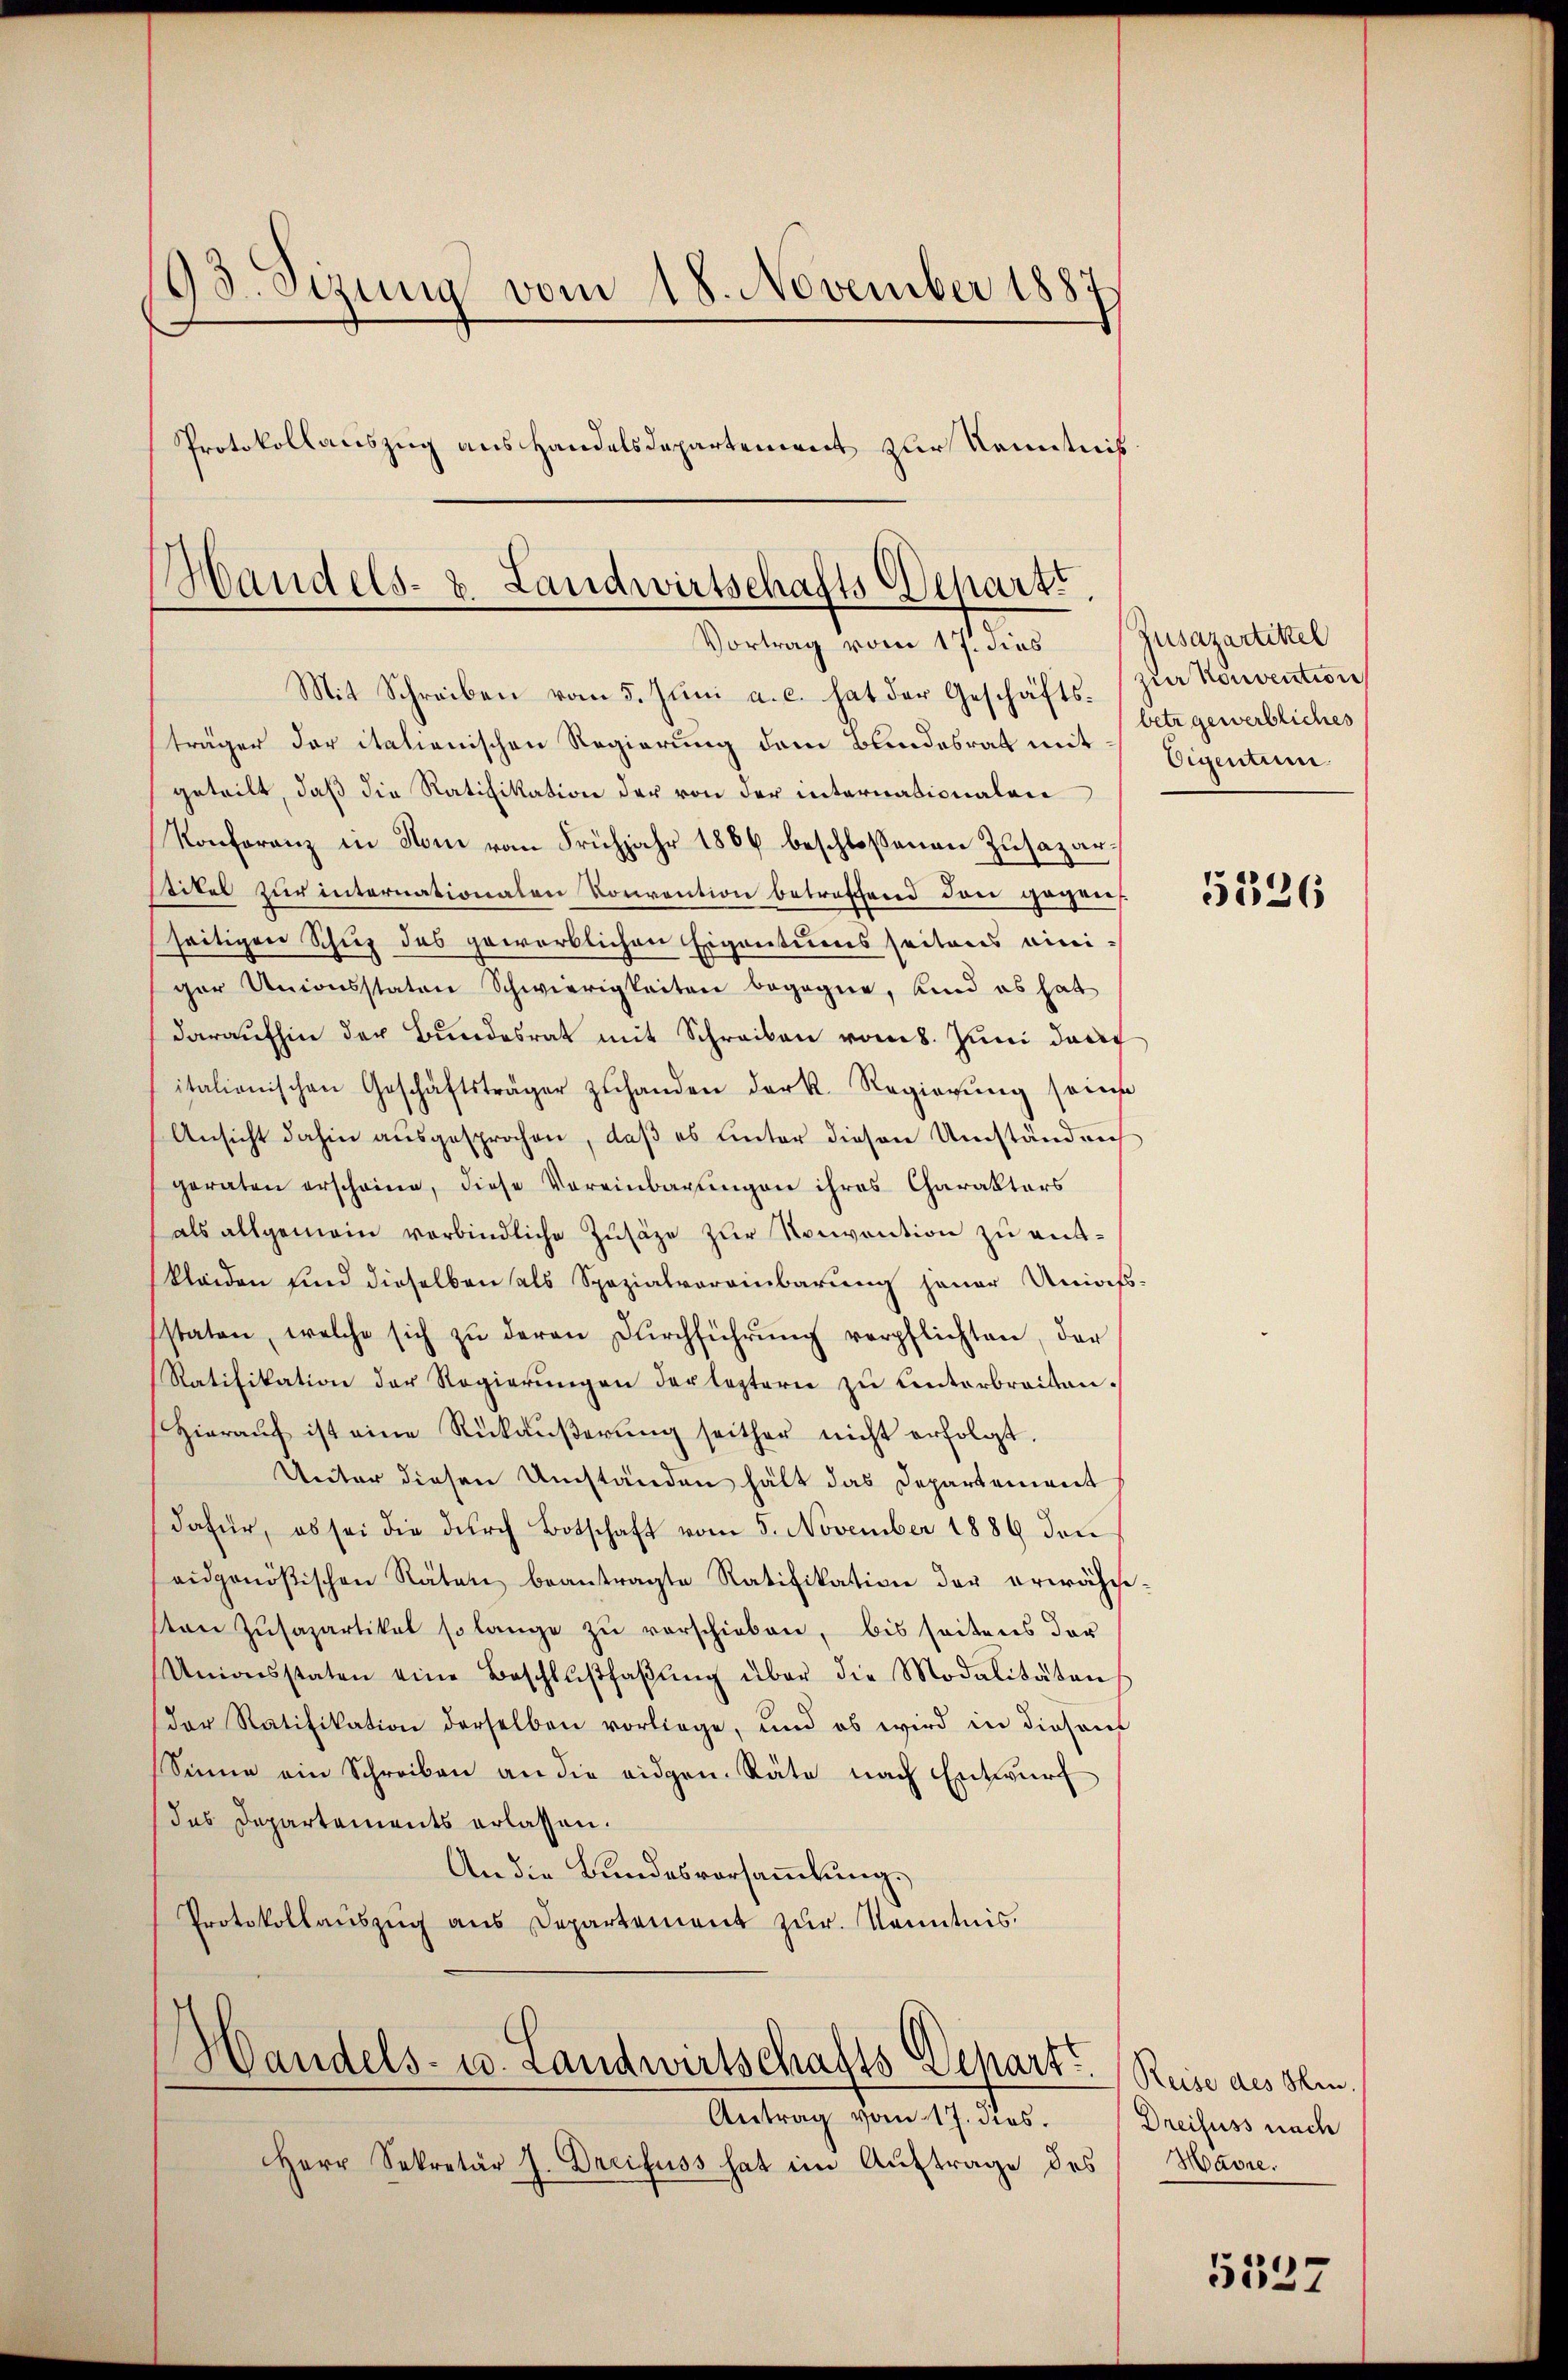
93. Sizung vom 18. November 1887
Protokollauszug aus Handelsdepartement zur Kenntnis

Handels- u. Landwirtschafts Departe
Vortrag vom 17. dies

Mit Schreiben vom 5. Jŭni a. c. hat der Geschäfts- (zur Konvention
träger der italienischen Regierung dem Bundesrat mit
geteilt, daß die Ratifikation der von der internationalen
Konferenz in Homi vom Frühjahr 1866 beschloßenen Zusazartitel zur internationalen Konvention betreffend den gegens
seitigen Schuz des geworblichen Eigentums seitens einiger Unionsstaten Schwierigkeiten begegne, und es hat
daraufhin der Bundesrat mit Schreiben vom 8. Juni darf
itationischen Geschäftsträger zŭhanden dark. Regierŭng seine
Ansicht dahin ausgesprochen, daß es unter diesen Umständnis
geraten erscheine, diese Vereinbarungen ihres Charakters
als allgemein verbindliche Zusätze zŭr Konvention zu entkleiden und dieselben als Spezialvereinbarung jener Uniafs-
sstaten, welche sich zŭ deren Dŭrchführŭng verpflichten, der
Ratifikation der Regierungen der leztern zu Unterbreiten.
Hieraŭf ist eine Rükaŭβerŭng seither nicht erfolgt.
Unter diesen Umständen hält das Departement
dafür, es sei die durch Botschaft vom 5. November 1889 den
eidgenößischen Räten beantragte Ratifikation der erwähne
ston Zŭsapartikel so lange zu verschieben, bis seitens der
Unionsstaten eine Beschlŭβfaβŭng über die Modalitätens
der Ratifikation derselben vorliege, und ob wird in diesem
Sinne ein Schreiben an die eidgen. Räte nach Entwurf
das Departements erlassen.
An die Bundesvorsammlung.
Protokollauszug aus Departement zur Kenntnis.

Handels- u. Landwirtschafts Depart. Reise aus sein.

Antrag vom 17. dies
Herr Sekretär J. Dreifuss hat im Auftrage des Havre.

Jusazartikel
betr gewerbliches
Eigentum

5336

Dreifuss nach

5527